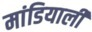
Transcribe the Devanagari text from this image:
मांडियाली